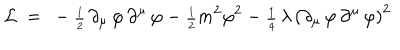
{ \cal L } ~ = ~ - { \scriptstyle \frac { 1 } { 2 } } \, \partial _ { \mu } \, \varphi \, \partial ^ { \mu } \, \varphi - { \scriptstyle \frac { 1 } { 2 } } m ^ { 2 } \varphi ^ { 2 } - { \scriptstyle \frac { 1 } { 4 } } \, \lambda \, \left( \partial _ { \mu } \, \varphi \, \partial ^ { \mu } \, \varphi \right) ^ { 2 }